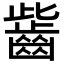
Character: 𪗶